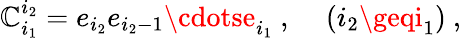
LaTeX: \mathbb{C}_{i_{1}}^{i_{2}}=e_{i_{2}}e_{i_{2}-1}\cdotse_{i_{1}}~,~~~~\left(i_{2}\geqi_{1}\right)~,